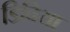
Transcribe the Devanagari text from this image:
डिविया